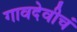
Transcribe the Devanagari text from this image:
गावदेवीचं